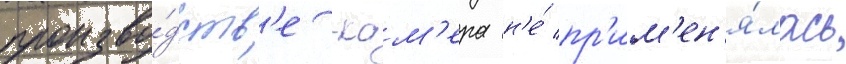
произво́дств'е -кам'ера н'е́ пр'им'ен'я́лась